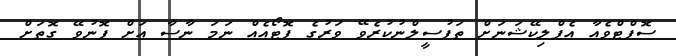
ސޮފްޓްވެއާ އެޕްލިކޭޝަނަށް ތަފުސީލްނުކުރެވޭ ވަރުގެ ފޮޓޯއެއް ނަމަ ނާސާ އަށް ފޮނުވޭ ގޮތަށް